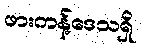
ဖားကန့်ဒေသရှိ